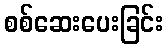
စစ်ဆေးပေးခြင်း